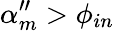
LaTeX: \alpha_{m}^{\prime\prime}>\phi_{in}